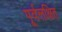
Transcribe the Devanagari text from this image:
पूर्वलक्षित